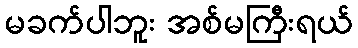
မခက်ပါဘူး အစ်မကြီးရယ်